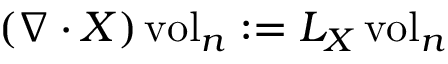
( \nabla \cdot X ) \operatorname { v o l } _ { n } : = L _ { X } \operatorname { v o l } _ { n }